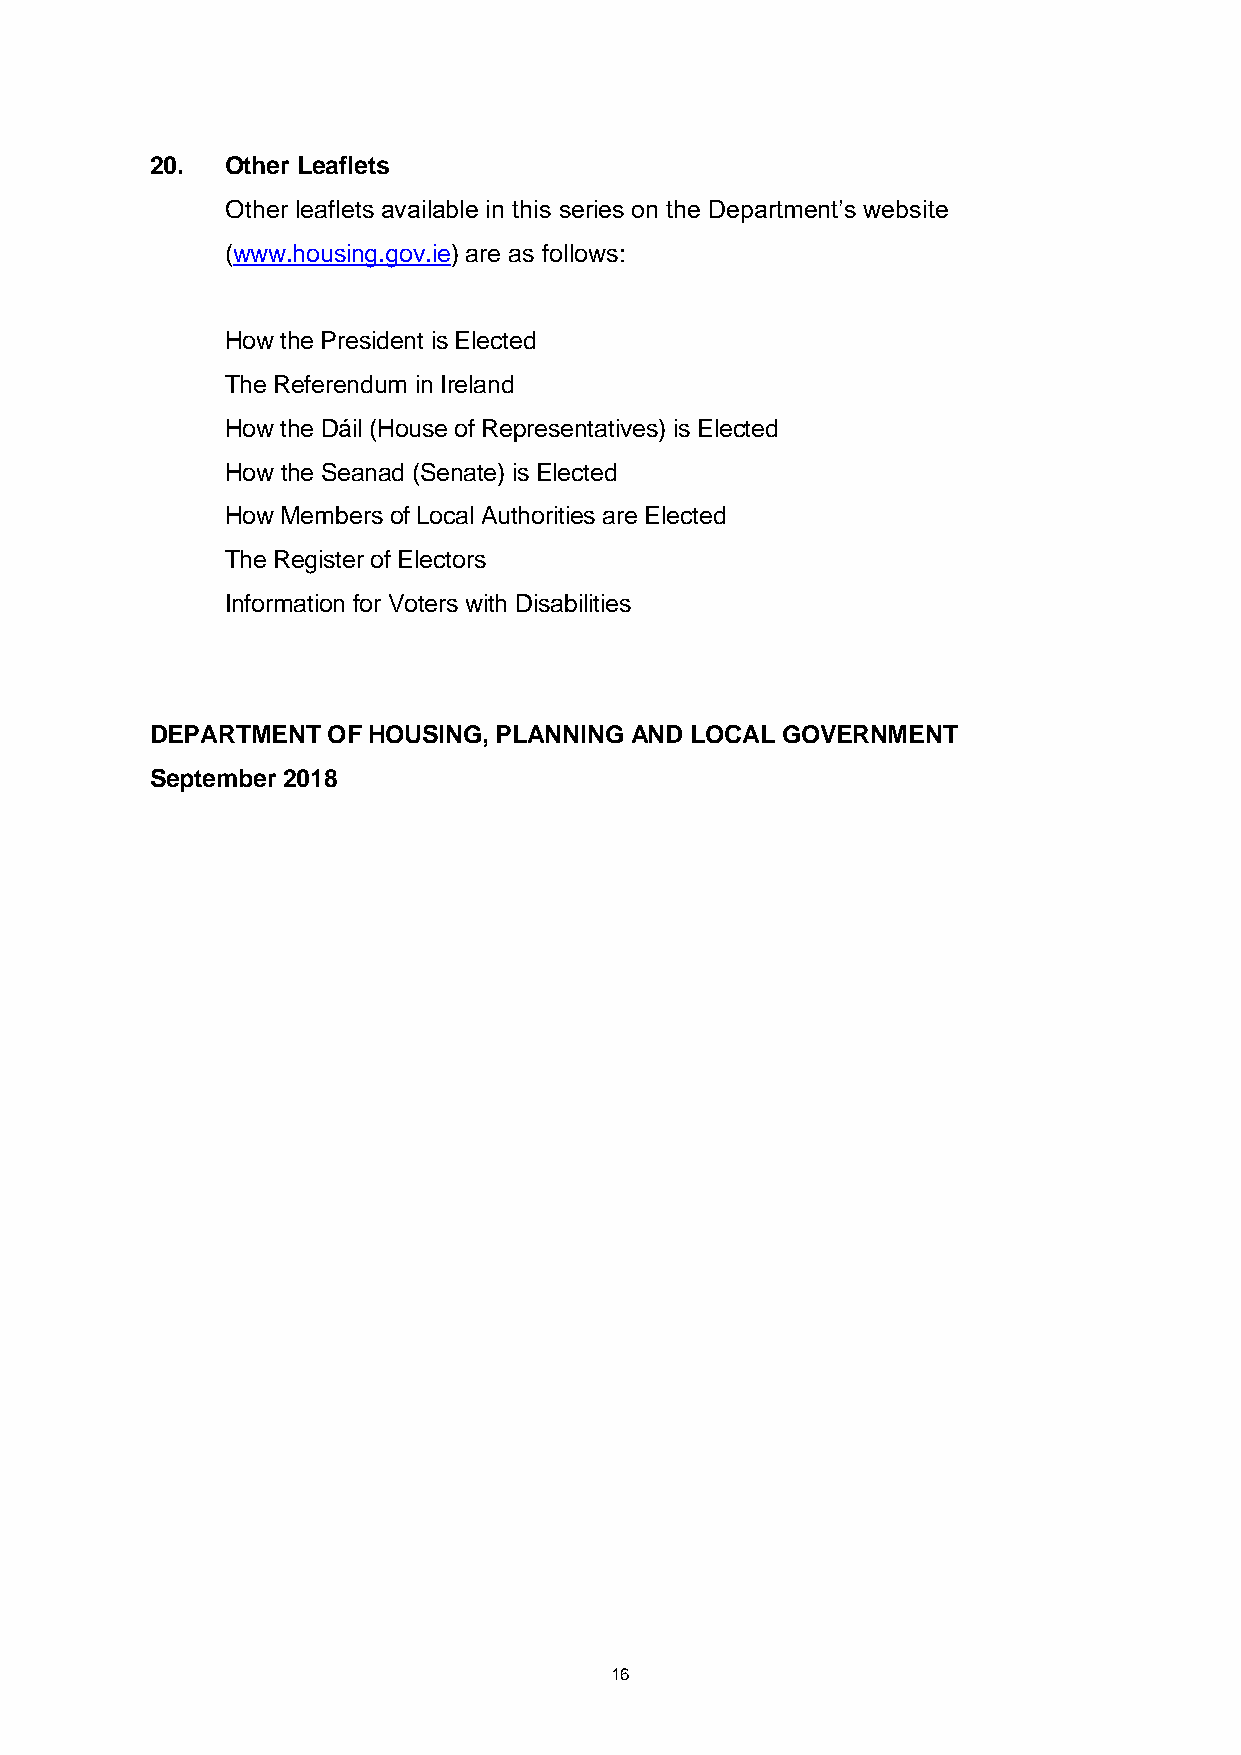
20.  Other Leaflets
 Other leaflets available in this series on the Department’s website
 (www.housing.gov.ie) are as follows:
 How the President is Elected
 The Referendum in Ireland
 How the Dáil (House of Representatives) is Elected
 How the Seanad (Senate) is Elected
 How Members of Local Authorities are Elected
 The Register of Electors
 Information for Voters with Disabilities
 DEPARTMENT  OF HOUSING, PLANNING AND LOCAL GOVERNMENT
 September 2018
 16